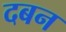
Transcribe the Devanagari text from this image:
दबन